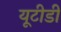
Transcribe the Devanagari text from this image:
यूटीडी